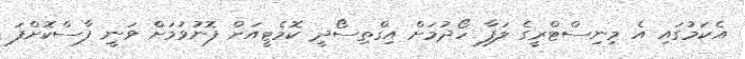
އެކަމުގައި އެ މިނިސްޓްރީގެ ލަފާ ހޯދުމަށް އިގްތިސޯދީ ކޮމެޓީއަށް ފޮނުވުމަށް ވަނީ ފާސްކޮށްފަ